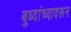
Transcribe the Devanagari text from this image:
बुध्दांच्यावरून